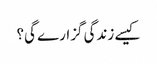
کیسے زندگی گزارے گی؟